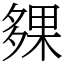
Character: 㚌